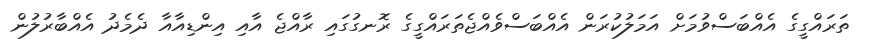
ތަރައްގީގެ އެއްބަސްވުމަށް އަމަލުކުރަން އެެއްބަސްވެއްޖެތަރައްގީގެ ރޮނގުގައި ރާއްޖެ އާއި އިންޑިއާއާ ދެމެދު އެއްބާރުލުން